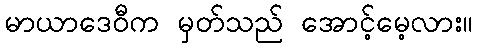
မာယာဒေဝီက မှတ်သည် အောင့်မေ့လား။